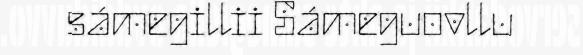
sámegillii Sámeguovllu